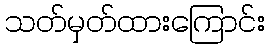
သတ်မှတ်ထားကြောင်း